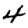
Digit: 4